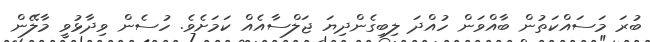
ބުރަ މަސައްކަތުން ބާއްވަން ހުއްދަ ލިބިގެންދިޔަ ޖަލްސާއެއް ކަމަށެވެ. ހުސެން ވިދާޅުވީ މާލޭން